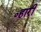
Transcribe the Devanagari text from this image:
०हारी